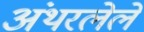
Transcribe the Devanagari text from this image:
अंथरलेले